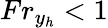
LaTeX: Fr_{y_{h}}<1